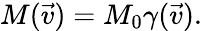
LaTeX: M(\vec{v})=M_{0}\gamma(\vec{v}).